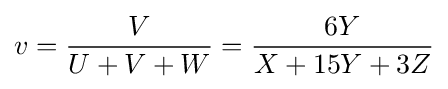
v={\frac {V}{U+V+W}}={\frac {6Y}{X+15Y+3Z}}